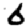
Digit: 6